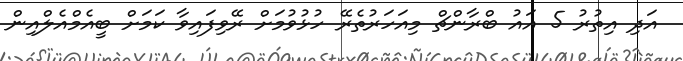
އަދި އިތުރު 5 އައު ބްރާންޗް މިއަހަރުތެރޭ ހުޅުވުމަށް ރޭވިފައިވާ ކަމަށް ބީއެމްއެލްއިން